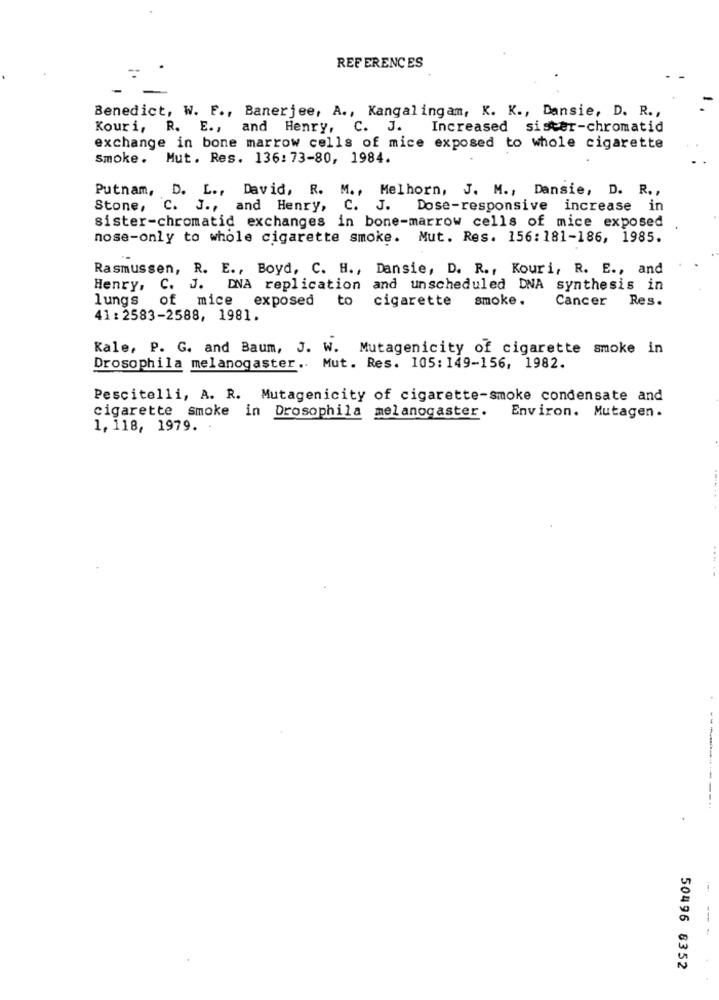
REFERENCES
Benedict, W. F ., Banerjee, A ., Kangalingam, K. K ., Dansie, D. R .,
Kouri, R. E ., and Henry, C. J.
Increased sister-chromatid
exchange in bone marrow cells of mice exposed to whole cigarette
Smoke. Mut. Res. 136: 73-80, 1984.
Putnam, D. L ., David, R. M ., Melhorn, J. M ., Dansie, D. R .,
Stone,
C. J ., and Henry, C. J.
Dose-responsive increase
in
sister-chromatid exchanges in bone-marrow cells of mice exposed
nose-only to whole cigarette smoke. Mut. Res. 156: 181-186, 1985.
Rasmussen, R. E ., Boyd, C. H ., Dansie, D. R ., Kouri, R. E ., and
Henry, C. J. DNA replication and unscheduled DNA synthesis in
lungs of mice exposed to
cigarette
smoke.
Cancer
Res.
41: 2583-2588, 1981.
Kale, P. G. and Baum, J. W. Mutagenicity of cigarette smoke in
Drosophila melanogaster .. Mut. Res. 105: 149-156, 1982.
Pescitelli, A. R. Mutagenicity of cigarette-smoke condensate and
cigarette smoke in Drosophila melanogaster.
Environ. Mutagen.
1, 118, 1979.
50496 6352